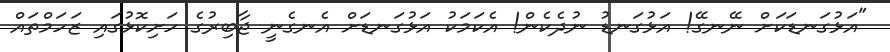
"އަޅުގަނޑަކަށް ނޭނގޭ! އަޅުގަނޑު ނުދެކެން! އެކަމަކު އަޅުގަނޑަށް އެނގެނީ ޖާބިރުގެ ހަށިކޮޅުގައި ޒަހަމްތައް